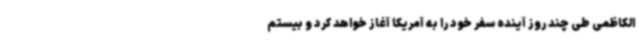
الکاظمی طی چند روز آینده سفر خود را به آمریکا آغاز خواهد کرد و بیستم